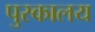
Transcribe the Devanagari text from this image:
पुस्‍कालय